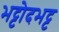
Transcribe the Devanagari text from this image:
भट्टोदभट्ट